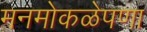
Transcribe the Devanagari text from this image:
मनमोकळेपणा